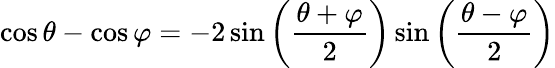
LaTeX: \cos\theta-\cos\varphi=-2\sin\left({\frac{\theta+\varphi}{2}}\right)\sin\left({\frac{\theta-\varphi}{2}}\right)